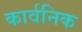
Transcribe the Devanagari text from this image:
कार्वनिक